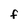
Character: f